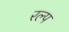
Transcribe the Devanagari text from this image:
रल्प